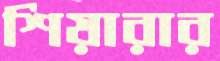
শিয়ারার